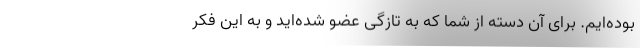
بوده‌ایم. برای آن دسته از شما که به تازگی عضو شده‌اید و به این فکر